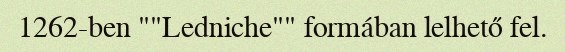
1262-ben ""Ledniche"" formában lelhető fel.